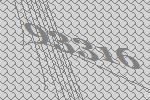
93316